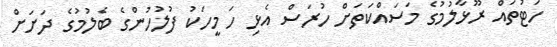
ހަޓުތައް ރޫޅާލުމުގެ މަސައްކަތަށް ހުރަސް އެޅި ހަ މީހަކު ފުލުހުންގެ ބެލުމުގެ ދަށަށް